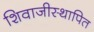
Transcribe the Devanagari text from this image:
शिवाजीस्थापित